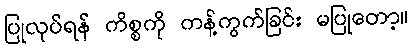
ပြုလုပ်ရန် ကိစ္စကို ကန့်ကွက်ခြင်း မပြုတော့။